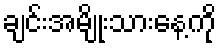
ချင်းအမျိုးသားနေ့ကို